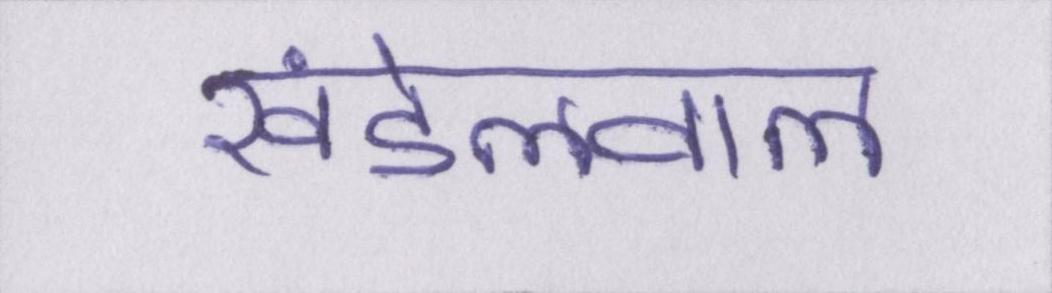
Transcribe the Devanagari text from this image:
खंडेलवाल